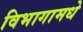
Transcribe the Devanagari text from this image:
विभागामधे